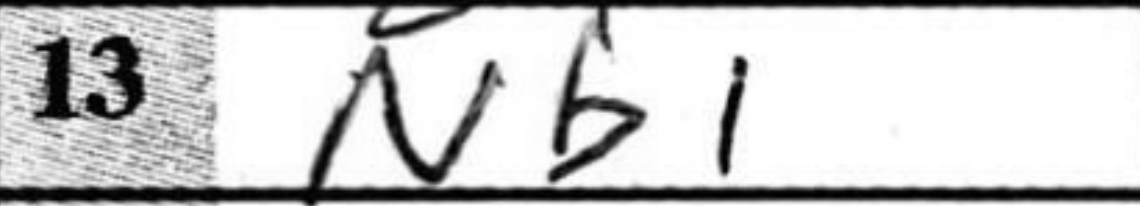
Transcription: Nb1